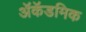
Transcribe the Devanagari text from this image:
ॲकॅडमिक